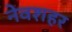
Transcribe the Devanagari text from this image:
नेवशहर